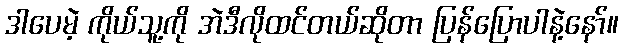
ဒါပေမဲ့ ကိုယ်သူ့ကို အဲဒီလိုထင်တယ်ဆိုတာ ပြန်ပြောပါနဲ့နော်။